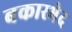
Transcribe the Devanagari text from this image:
बकारभेद